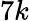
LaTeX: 7k